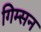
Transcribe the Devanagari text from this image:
गिम्सन